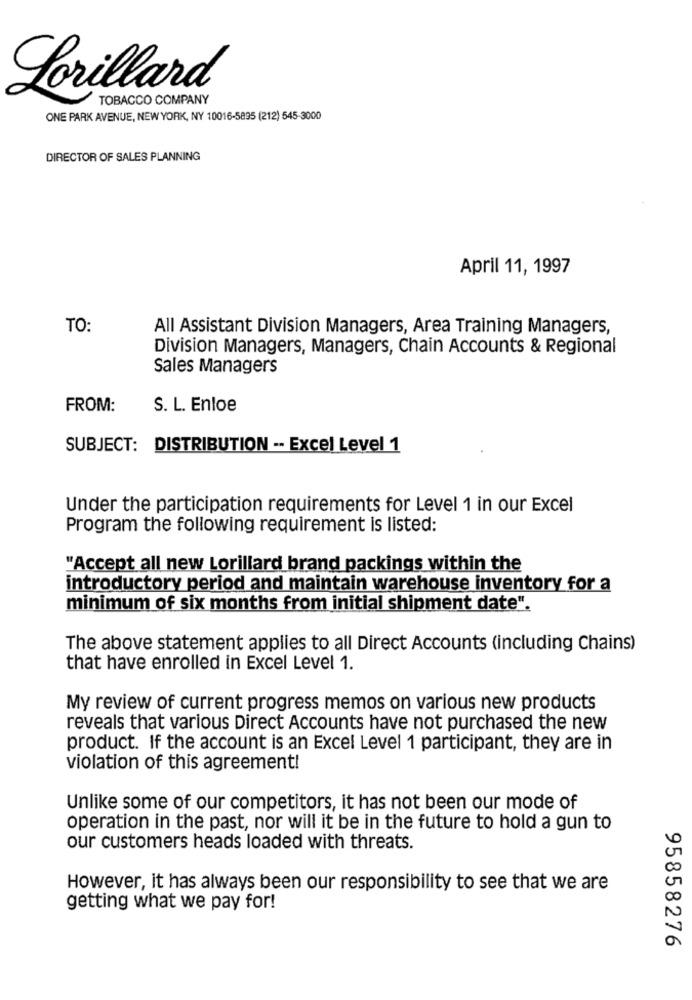
Lorillard
TOBACCO COMPANY
ONE PARK AVENUE, NEW YORK, NY 10016-5895 (212) 545-3000
DIRECTOR OF SALES PLANNING
April 11, 1997
TO:
All Assistant Division Managers, Area Training Managers,
Division Managers, Managers, Chain Accounts & Regional
Sales Managers
FROM:
S. L. Enloe
SUBJECT: DISTRIBUTION -- Excel Level 1
Under the participation requirements for Level 1 in our Excel
Program the following requirement is listed:
"Accept all new Lorillard brand packings within the
introductory period and maintain warehouse inventory for a
minimum of six months from initial shipment date".
The above statement applies to all Direct Accounts (including Chains)
that have enrolled in Excel Level 1.
My review of current progress memos on various new products
reveals that various Direct Accounts have not purchased the new
product. If the account is an Excel Level 1 participant, they are in
violation of this agreement!
Unlike some of our competitors, it has not been our mode of
operation in the past, nor will it be in the future to hold a gun to
our customers heads loaded with threats.
However, it has always been our responsibility to see that we are
00
getting what we pay for!
N
a
95858276